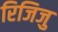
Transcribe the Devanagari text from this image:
रिजिजु